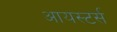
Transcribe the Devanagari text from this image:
आयस्टर्स